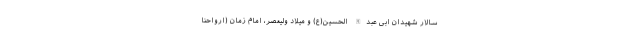
سالار شهیدان ابی عبدالله الحسین(ع) و میلاد ولیعصر، امام زمان (ارواحنا